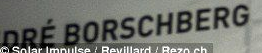
DRE BORSCHBERG